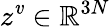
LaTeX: z^{\mathit{v}}\in\mathbb{{R}}^{3N}